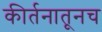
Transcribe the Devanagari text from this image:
कीर्तनातूनच